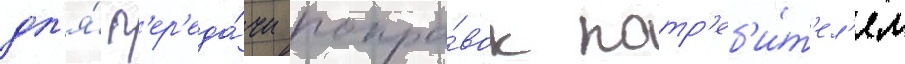
дл'я́ п'ер'еда́чи попра́вок потр'еб'и́т'ел'ям